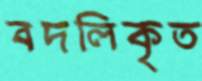
বদলিকৃত